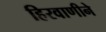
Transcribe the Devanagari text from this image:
हिरवाणीने